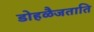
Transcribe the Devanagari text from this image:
डोहळैजताति